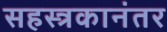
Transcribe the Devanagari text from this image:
सहस्त्रकानंतर